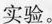
实验。